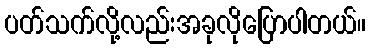
ပတ်သက်လို့လည်းအခုလိုပြောပါတယ်။